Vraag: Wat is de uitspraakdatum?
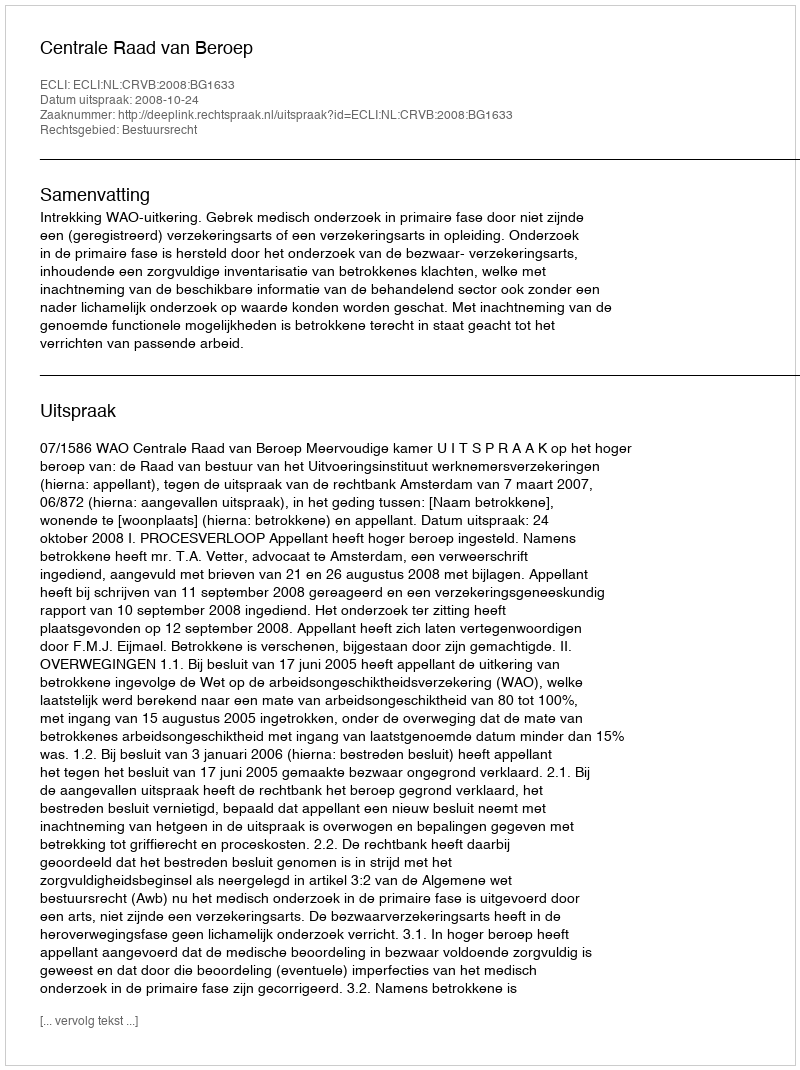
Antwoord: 2008-10-24